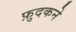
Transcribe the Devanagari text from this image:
फ़ुदकने